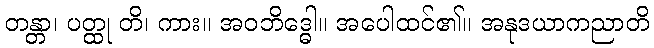
တန္တာ၊ ပတ္ထု တိ၊ ကား။ အဝဘိဒ္ဓေါ။ အပေါထင်၏။ အနုဒယာကညာတိ